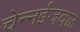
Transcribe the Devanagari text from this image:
चेन्‍नईजवळ